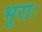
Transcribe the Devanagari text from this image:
भूराः